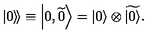
\left. \left| 0 \right\rangle \! \right\rangle \equiv \left| 0 , \widetilde { 0 } \right\rangle = \left| 0 \right\rangle \otimes \widetilde { \left| 0 \right\rangle } .